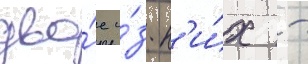
дво́е и́з н'и́х -